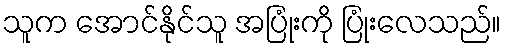
သူက အောင်နိုင်သူ အပြုံးကို ပြုံးလေသည်။